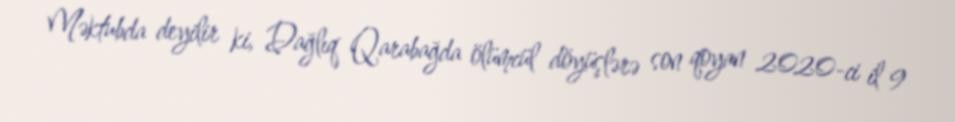
Məktubda deyilir ki, Dağlıq Qarabağda ölümcül döyüşlərə son qoyan 2020-ci il 9